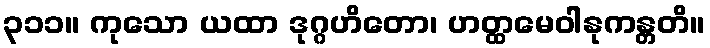
၃၁၁။ ကုသော ယထာ ဒုဂ္ဂဟိတော၊ ဟတ္ထမေဝါနုကန္တတိ။